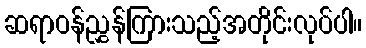
ဆရာဝန်ညွှန်ကြားသည့်အတိုင်းလုပ်ပါ။